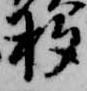
杓